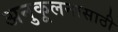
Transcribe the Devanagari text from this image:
अनुकूलनासाठी